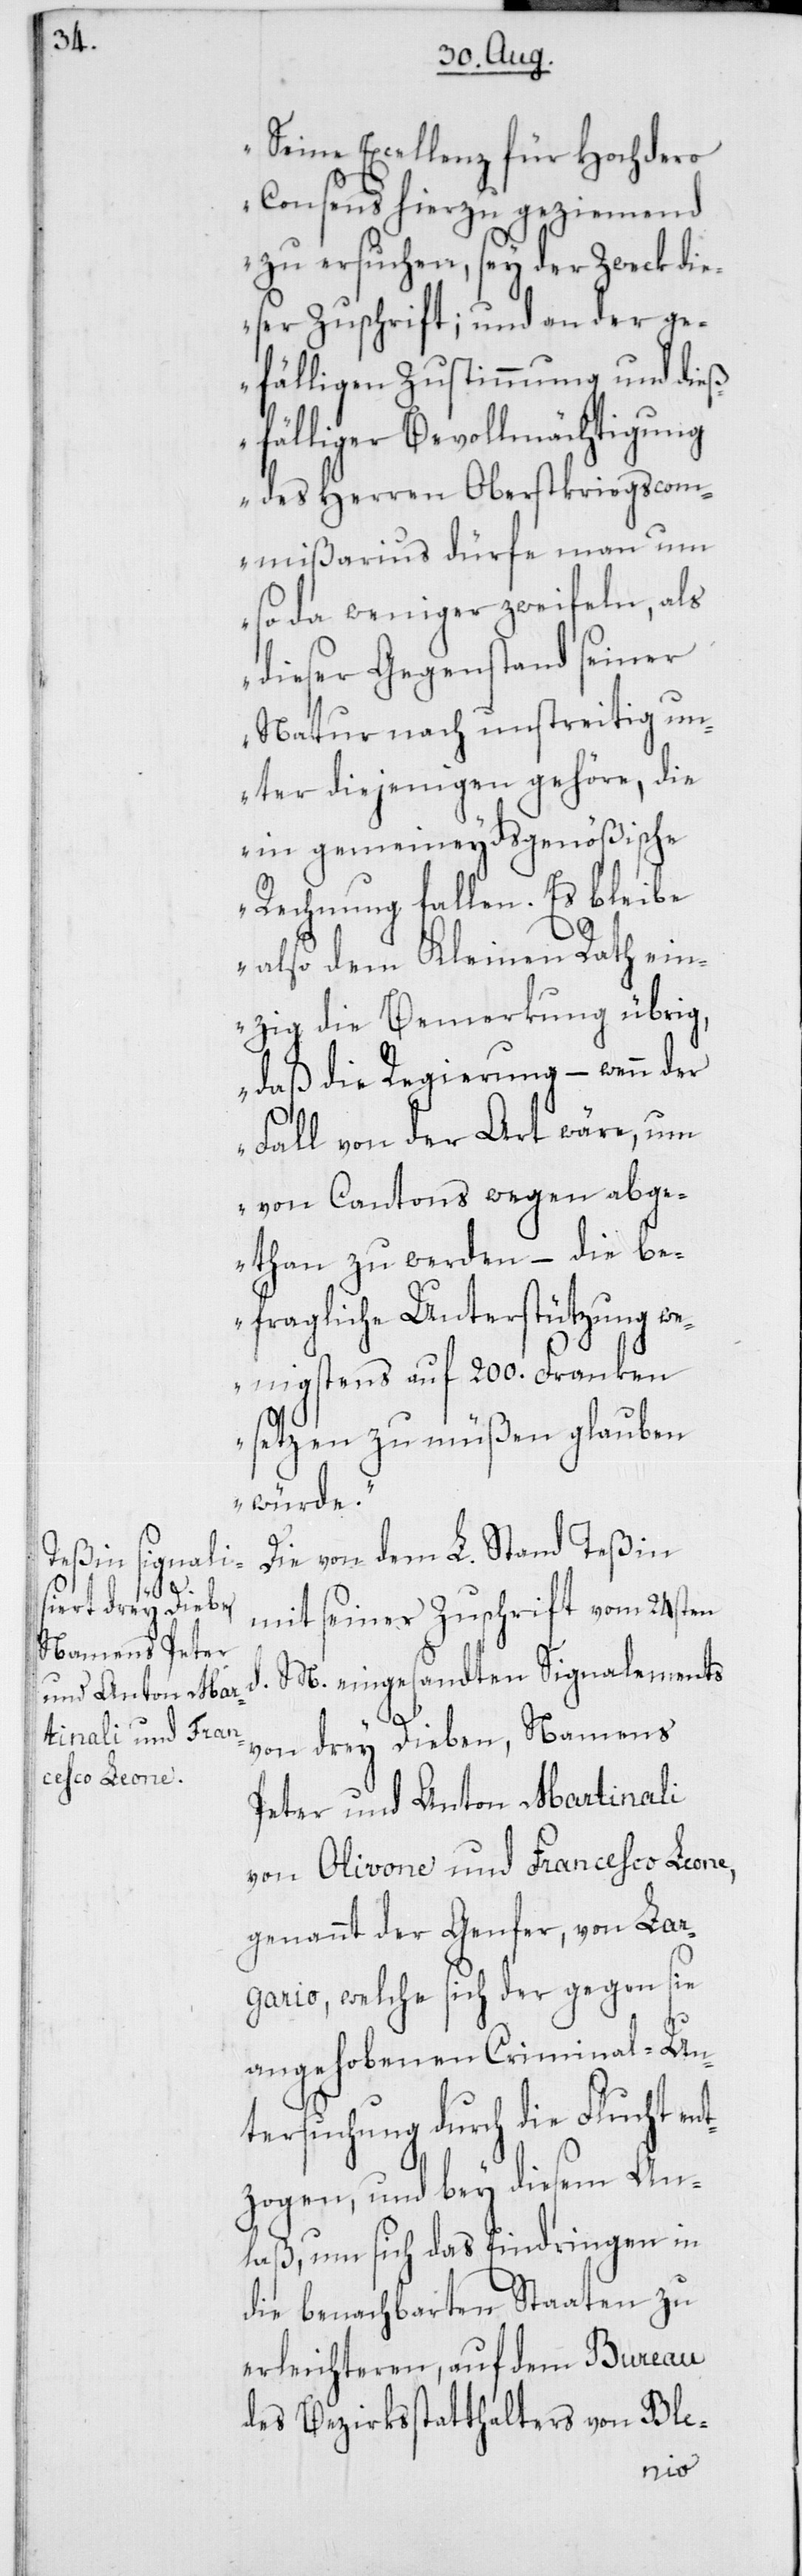
Seine Excellenz für Hochdero
Consens hierzu geziemend
zu ersuchen, sey der Zweck die¬
ser Zuschrift; und an der ge¬
fälligen Zustimmung und dieß¬
fälliger Bevollmächtigung
des Herren Oberstkriegscom¬
mißarius dürfe man um
so da weniger zweifeln, als
dieser Gegenstand seiner
Natur nach unstreitig un¬
ter diejenigen gehöre, die
in gemeineydsgenößische
Rechnung fallen. Es bleibe
also dem Kleinen Rath ein¬
zig die Bemerkung übrig,
daß die Regierung – wenn der
Fall von der Art wäre, um
von Cantons wegen abge¬
than zu werden, – die be¬
fragliche Unterstützung w¬
enigstens auf 200. Franken
setzen zu müßen glauben
würde.“
Die von dem L. Stand Teßin
mit seiner Zuschrift vom 24sten
M. eingesandten Signalements
von drey Dieben, Namens
Peter und Anton Martinali
von Olivone und Francesco Leone,
genannt der Genfer, von Lar¬
gario, welche sich der gegen sie
angehobenen Criminal-Un¬
tersuchung durch die Flucht ent¬
zogen, und bey diesem An¬
laß, um sich das Eindringen in
die benachbarten Staaten zu
erleichteren, auf dem Bureau
des Bezirksstatthalters von Ble-